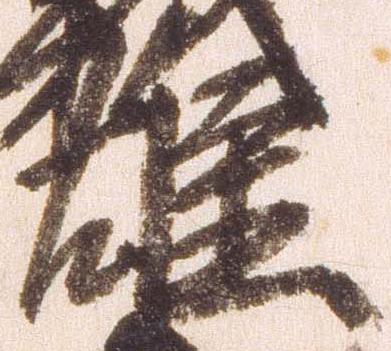
雄